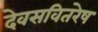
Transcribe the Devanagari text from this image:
देवसवितरेष